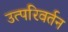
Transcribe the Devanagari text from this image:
उत्परिवर्तन